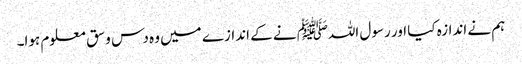
ہم نے اندازہ کیا اور رسول اللہﷺ نے کے اندازے میں وہ دس وسق معلوم ہوا۔